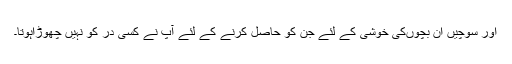
اور سوچیں ان بچوںکی خوشی کے لئے جن کو حاصل کرنے کے لئے آپ نے کسی در کو نہیں چھوڑاہوتا۔